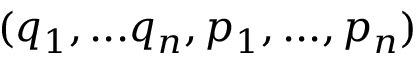
( q _ { 1 } , . . . q _ { n } , p _ { 1 } , . . . , p _ { n } )